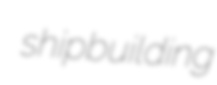
shipbuilding